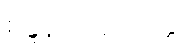
စန္ဒနသာရလိတ္တံ